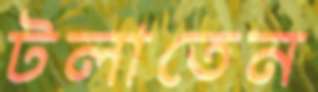
টলাতেন